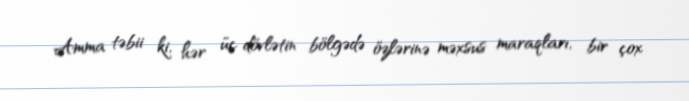
Amma təbii ki, hər üç dövlətin bölgədə özlərinə məxsus maraqları, bir çox